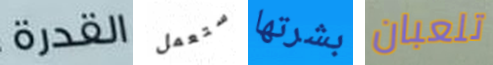
القدرة ستعمل بشرتها تلعبان